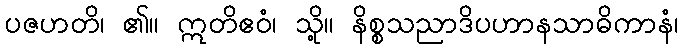
ပဇဟတိ၊ ၏။ ဣတိဧဝံ၊ သို့။ နိစ္စသညာဒိပဟာနသာဓိကာနံ၊